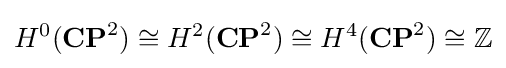
H^{0}(\mathbf {CP} ^{2})\cong H^{2}(\mathbf {CP} ^{2})\cong H^{4}(\mathbf {CP} ^{2})\cong \mathbb {Z}